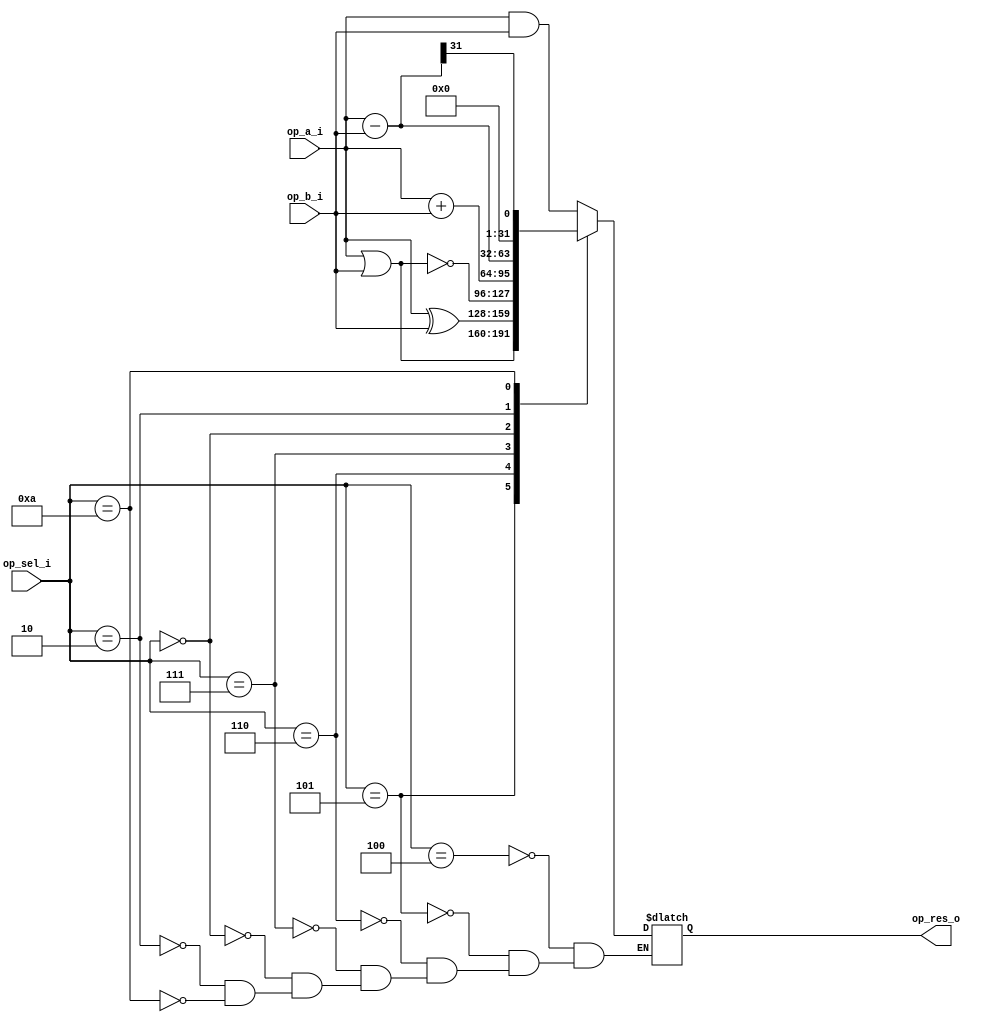
module alu (
            input [3:0]    op_sel_i,
            input [N-1:0]  op_a_i,
            input [N-1:0]  op_b_i,
            output [N-1:0] op_res_o);

  parameter N = 32;

  localparam OP_SUM     = 4'b0000;
  localparam OP_SUB     = 4'b0010;
  localparam OP_AND     = 4'b0100;
  localparam OP_OR      = 4'b0101;
  localparam OP_XOR     = 4'b0110;
  localparam OP_NOR     = 4'b0111;
  localparam OP_SLT     = 4'b1010;

  reg [N-1:0] op_res_o;

  always @ (*) begin
    case (op_sel_i)
      OP_AND:
        op_res_o = op_a_i & op_b_i;
      OP_OR:
        op_res_o = op_a_i | op_b_i;
      OP_XOR:
        op_res_o = op_a_i ^ op_b_i;
      OP_NOR:
        op_res_o = ~(op_a_i | op_b_i);
      OP_SUM:
        op_res_o = op_a_i + op_b_i;
      OP_SUB:
        op_res_o = op_a_i - op_b_i;
      OP_SLT:
        op_res_o = (op_a_i - op_b_i) >> (N-1) ;
        // op_res_o = 32'd1;
      default:
        ;
    endcase // case (op_sel_i)
  end

endmodule